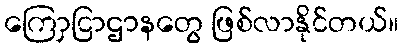
ကြောှငြာဌာနတွေ ဖြစ်လာနိုင်တယ်။